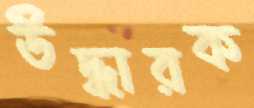
উদ্ধারক